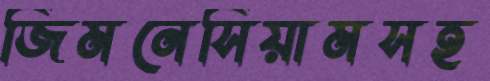
জিমনেসিয়ামসহ